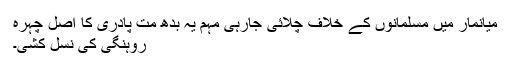
میانمار میں مسلمانوں کے خلاف چلائی جارہی مہم یہ بدھ مت پادری کا اصل چہرہ
روہنگی کی نسل کشی۔